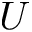
U